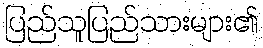
ပြည်သူပြည်သားများ၏